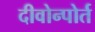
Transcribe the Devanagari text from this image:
दीवोन्पोर्त